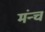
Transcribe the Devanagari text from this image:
मंन्च